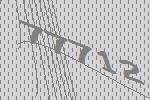
77712